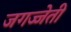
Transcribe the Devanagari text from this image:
जगज्जेती